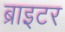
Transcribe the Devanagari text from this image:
ब्राइटर